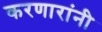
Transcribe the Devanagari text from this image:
करणारांनी